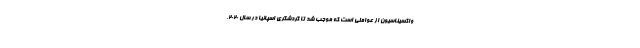
واکسیناسیون از عواملی است که موجب شد تا گردشگری اسپانیا در سال ۲۰۲۰،